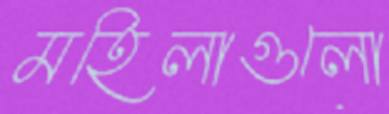
মহিলাগুলো